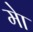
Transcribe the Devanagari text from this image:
मेा